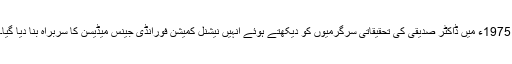
1975ء میں ڈاکٹر صدیقی کی تحقیقاتی سرگرمیوں کو دیکھتے ہوئے انہیں نیشنل کمیشن فورانڈی جینس میڈیسن کا سربراہ بنا دیا گیا۔